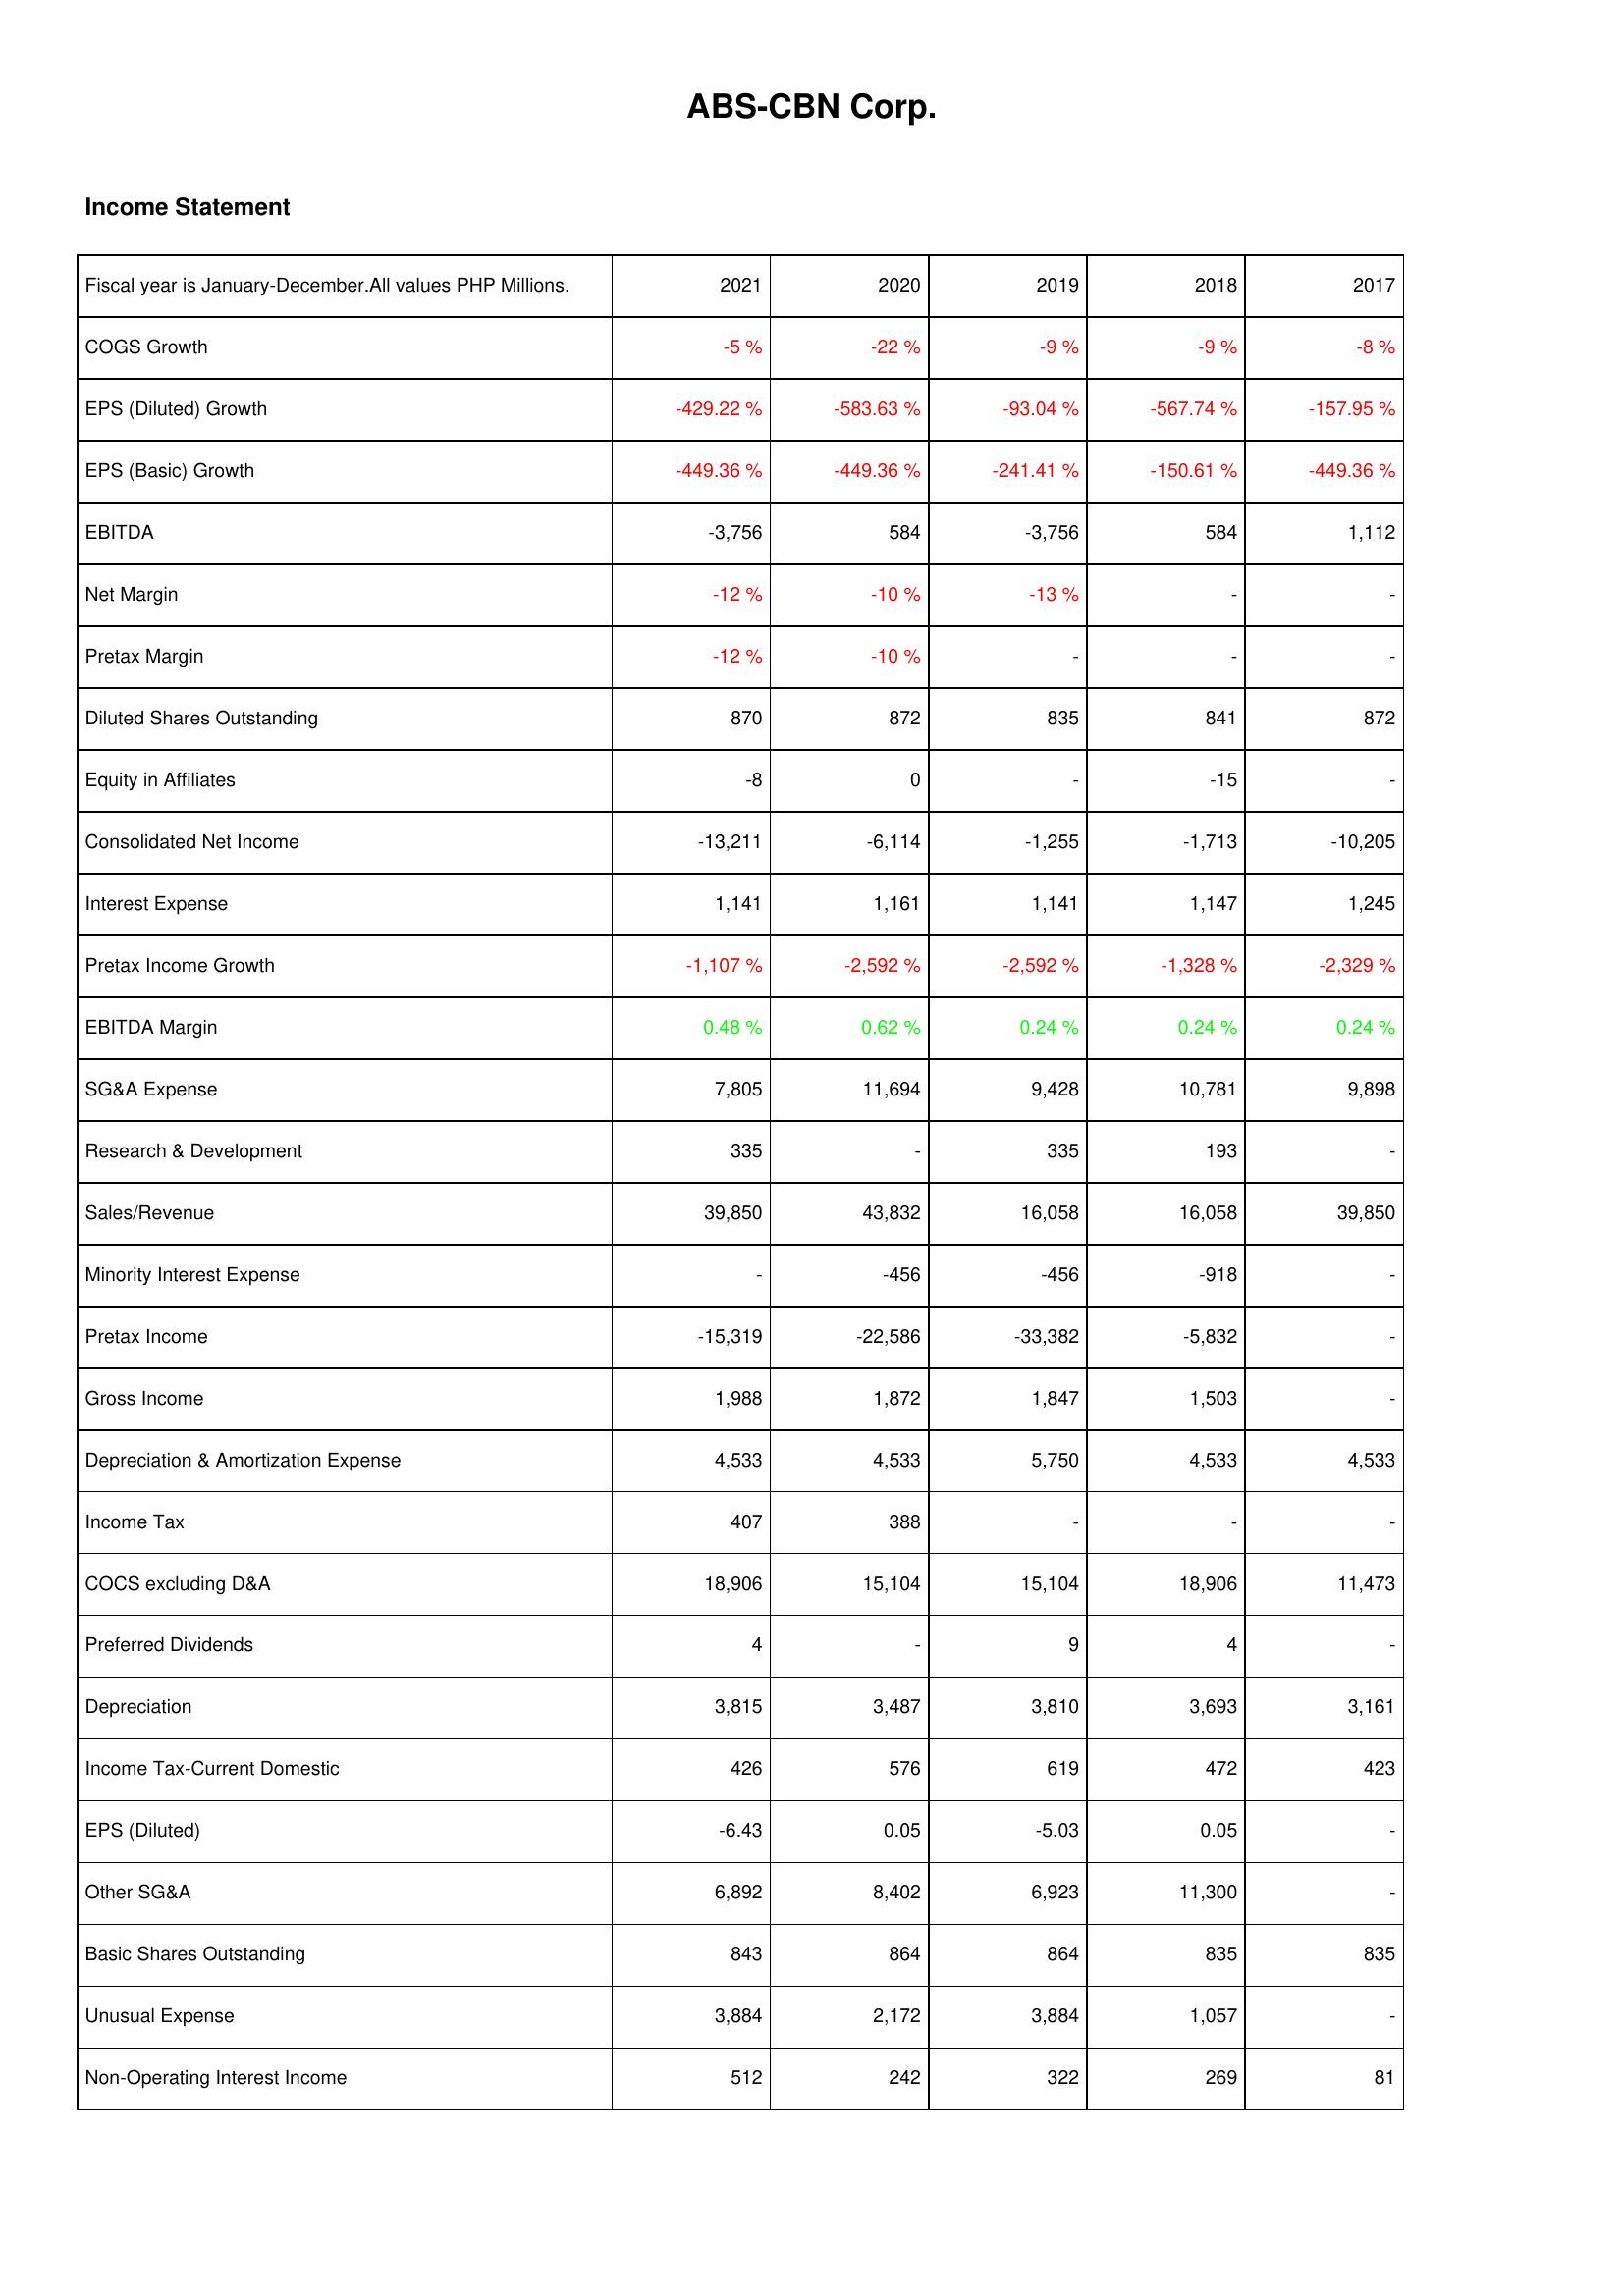
2021: Income Statement: COGS Growth: -5 %
EPS (Diluted) Growth: -429.22 %
EPS (Basic) Growth: -449.36 %
EBITDA: -3,756
Net Margin: -12 %
Pretax Margin: -12 %
Diluted Shares Outstanding: 870
Equity in Affiliates: -8
Consolidated Net Income: -13,211
Interest Expense: 1,141
Pretax Income Growth: -1,107 %
EBITDA Margin: 0.48 %
SG&A Expense: 7,805
Research & Development: 335
Sales/Revenue: 39,850
Minority Interest Expense: -
Pretax Income: -15,319
Gross Income: 1,988
Depreciation & Amortization Expense: 4,533
Income Tax: 407
COCS excluding D&A: 18,906
Preferred Dividends: 4
Depreciation: 3,815
Income Tax-Current Domestic: 426
EPS (Diluted): -6.43
Other SG&A: 6,892
Basic Shares Outstanding: 843
Unusual Expense: 3,884
Non-Operating Interest Income: 512
2020: Income Statement: COGS Growth: -22 %
EPS (Diluted) Growth: -583.63 %
EPS (Basic) Growth: -449.36 %
EBITDA: 584
Net Margin: -10 %
Pretax Margin: -10 %
Diluted Shares Outstanding: 872
Equity in Affiliates: 0
Consolidated Net Income: -6,114
Interest Expense: 1,161
Pretax Income Growth: -2,592 %
EBITDA Margin: 0.62 %
SG&A Expense: 11,694
Research & Development: -
Sales/Revenue: 43,832
Minority Interest Expense: -456
Pretax Income: -22,586
Gross Income: 1,872
Depreciation & Amortization Expense: 4,533
Income Tax: 388
COCS excluding D&A: 15,104
Preferred Dividends: -
Depreciation: 3,487
Income Tax-Current Domestic: 576
EPS (Diluted): 0.05
Other SG&A: 8,402
Basic Shares Outstanding: 864
Unusual Expense: 2,172
Non-Operating Interest Income: 242
2019: Income Statement: COGS Growth: -9 %
EPS (Diluted) Growth: -93.04 %
EPS (Basic) Growth: -241.41 %
EBITDA: -3,756
Net Margin: -13 %
Pretax Margin: -
Diluted Shares Outstanding: 835
Equity in Affiliates: -
Consolidated Net Income: -1,255
Interest Expense: 1,141
Pretax Income Growth: -2,592 %
EBITDA Margin: 0.24 %
SG&A Expense: 9,428
Research & Development: 335
Sales/Revenue: 16,058
Minority Interest Expense: -456
Pretax Income: -33,382
Gross Income: 1,847
Depreciation & Amortization Expense: 5,750
Income Tax: -
COCS excluding D&A: 15,104
Preferred Dividends: 9
Depreciation: 3,810
Income Tax-Current Domestic: 619
EPS (Diluted): -5.03
Other SG&A: 6,923
Basic Shares Outstanding: 864
Unusual Expense: 3,884
Non-Operating Interest Income: 322
2018: Income Statement: COGS Growth: -9 %
EPS (Diluted) Growth: -567.74 %
EPS (Basic) Growth: -150.61 %
EBITDA: 584
Net Margin: -
Pretax Margin: -
Diluted Shares Outstanding: 841
Equity in Affiliates: -15
Consolidated Net Income: -1,713
Interest Expense: 1,147
Pretax Income Growth: -1,328 %
EBITDA Margin: 0.24 %
SG&A Expense: 10,781
Research & Development: 193
Sales/Revenue: 16,058
Minority Interest Expense: -918
Pretax Income: -5,832
Gross Income: 1,503
Depreciation & Amortization Expense: 4,533
Income Tax: -
COCS excluding D&A: 18,906
Preferred Dividends: 4
Depreciation: 3,693
Income Tax-Current Domestic: 472
EPS (Diluted): 0.05
Other SG&A: 11,300
Basic Shares Outstanding: 835
Unusual Expense: 1,057
Non-Operating Interest Income: 269
2017: Income Statement: COGS Growth: -8 %
EPS (Diluted) Growth: -157.95 %
EPS (Basic) Growth: -449.36 %
EBITDA: 1,112
Net Margin: -
Pretax Margin: -
Diluted Shares Outstanding: 872
Equity in Affiliates: -
Consolidated Net Income: -10,205
Interest Expense: 1,245
Pretax Income Growth: -2,329 %
EBITDA Margin: 0.24 %
SG&A Expense: 9,898
Research & Development: -
Sales/Revenue: 39,850
Minority Interest Expense: -
Pretax Income: -
Gross Income: -
Depreciation & Amortization Expense: 4,533
Income Tax: -
COCS excluding D&A: 11,473
Preferred Dividends: -
Depreciation: 3,161
Income Tax-Current Domestic: 423
EPS (Diluted): -
Other SG&A: -
Basic Shares Outstanding: 835
Unusual Expense: -
Non-Operating Interest Income: 81